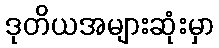
ဒုတိယအများဆုံးမှာ